system: You are a helpful assistant.
user:
Analyze the provided spectrum to determine if it is a **Carbon Star (C-type)**.

- **Key Visual Indicators of Carbon Star:**
    - **(Primary):** Strong molecular absorption from **C₂ (diatomic carbon) "Swan Bands."** This is the **defining feature** of a carbon star.
        - **(Key Bandheads):** Sharp absorption edges are visible at approximately $5635$ Å, $5165$ Å (the strongest band), and $4737$ Å.
        - **(Line Profile):** Creates a distinct **"saw-tooth"** pattern. The key morphology is a sharp, steep bandhead on the **red (long-wavelength) side**, which then gradually tapers off (i.e., flux recovers) towards the **blue (short-wavelength) side**. *(This is the direct opposite of the TiO bands seen in M-type stars)*.

    - **(Secondary):** Intense **CN (cyanogen)** molecular absorption bands.
        - **(Key Bandheads):** Located in the blue and violet regions of the spectrum (e.g., near $4215$ Å and $3883$ Å).
        - **(Morphology):** These bands are extremely broad and act as a "blanket," absorbing the vast majority of blue and violet light. This creates a characteristic **"cliff"** or **"steep drop-off"** in the spectrum's flux at short wavelengths.

    - **(Key Confirmation):** Strong **CH absorption band (G-band)**.
        - **(Key Bandhead):** Located around $4300$ Å. The contribution from CH molecules to this band is exceptionally strong.

    - **(Overall Spectrum):**
        - The continuum is severely "chopped up" by these deep molecular bands, especially C₂, rather than appearing as a smooth curve.
        - Due to the heavy CN and C₂ absorption in the blue-green, the vast majority of the star's flux is concentrated in the red part of the spectrum, giving the star its characteristic deep red color.

Think first, call **spectral_visualization_tool** if needed to examine features in detail, then provide your final answer. Your response must adhere to the following strict rules:
1.  **Overall Structure:** Your response must follow the format `<think>...</think> <tool_call>...</tool_call> (if a tool is used) <answer>...</answer>`.
2.  **Tool Usage Constraint:** You may only make **one** tool call per turn.
3.  **Final Answer Format:** In the `<answer>` tag, your conclusion must be inside a `\boxed{}` command (e.g., `\boxed{YES}`), followed by your justification.

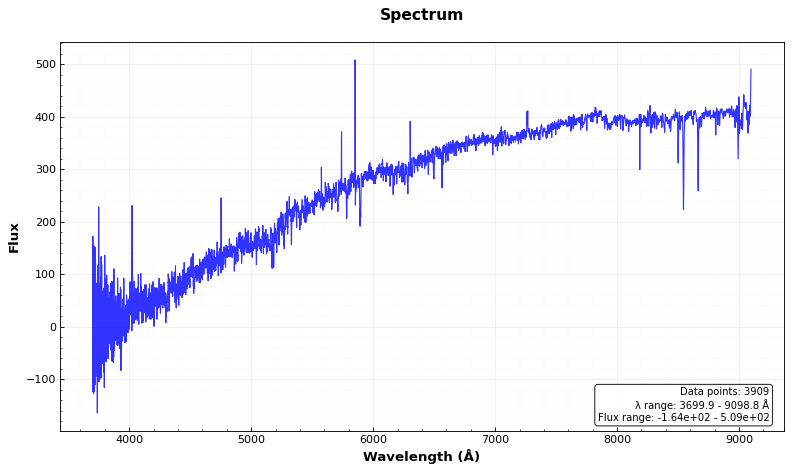
Answer: NO